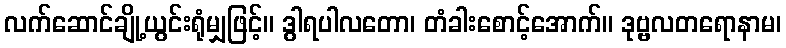
လက်ဆောင်ချို့ယွင်းရုံမျှဖြင့်။ ဒွါရပါလတော၊ တံခါးစောင့်အောက်။ ဒုဗ္ဗလတရောနာမ၊